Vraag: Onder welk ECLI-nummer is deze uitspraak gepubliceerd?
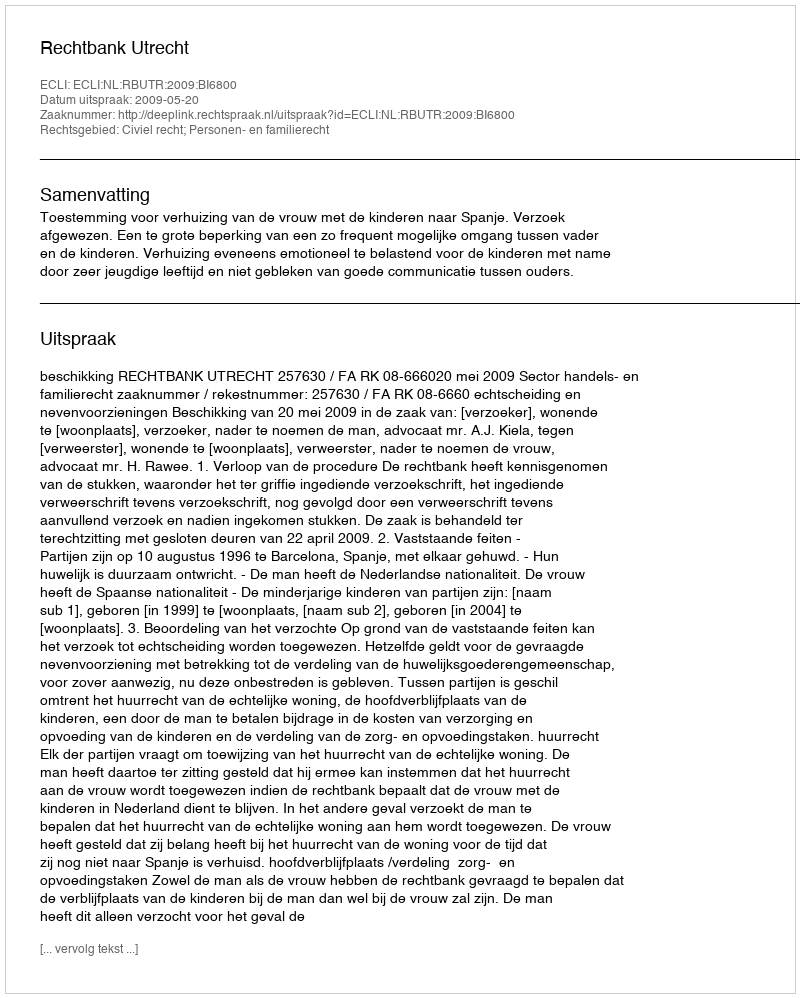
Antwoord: ECLI:NL:RBUTR:2009:BI6800